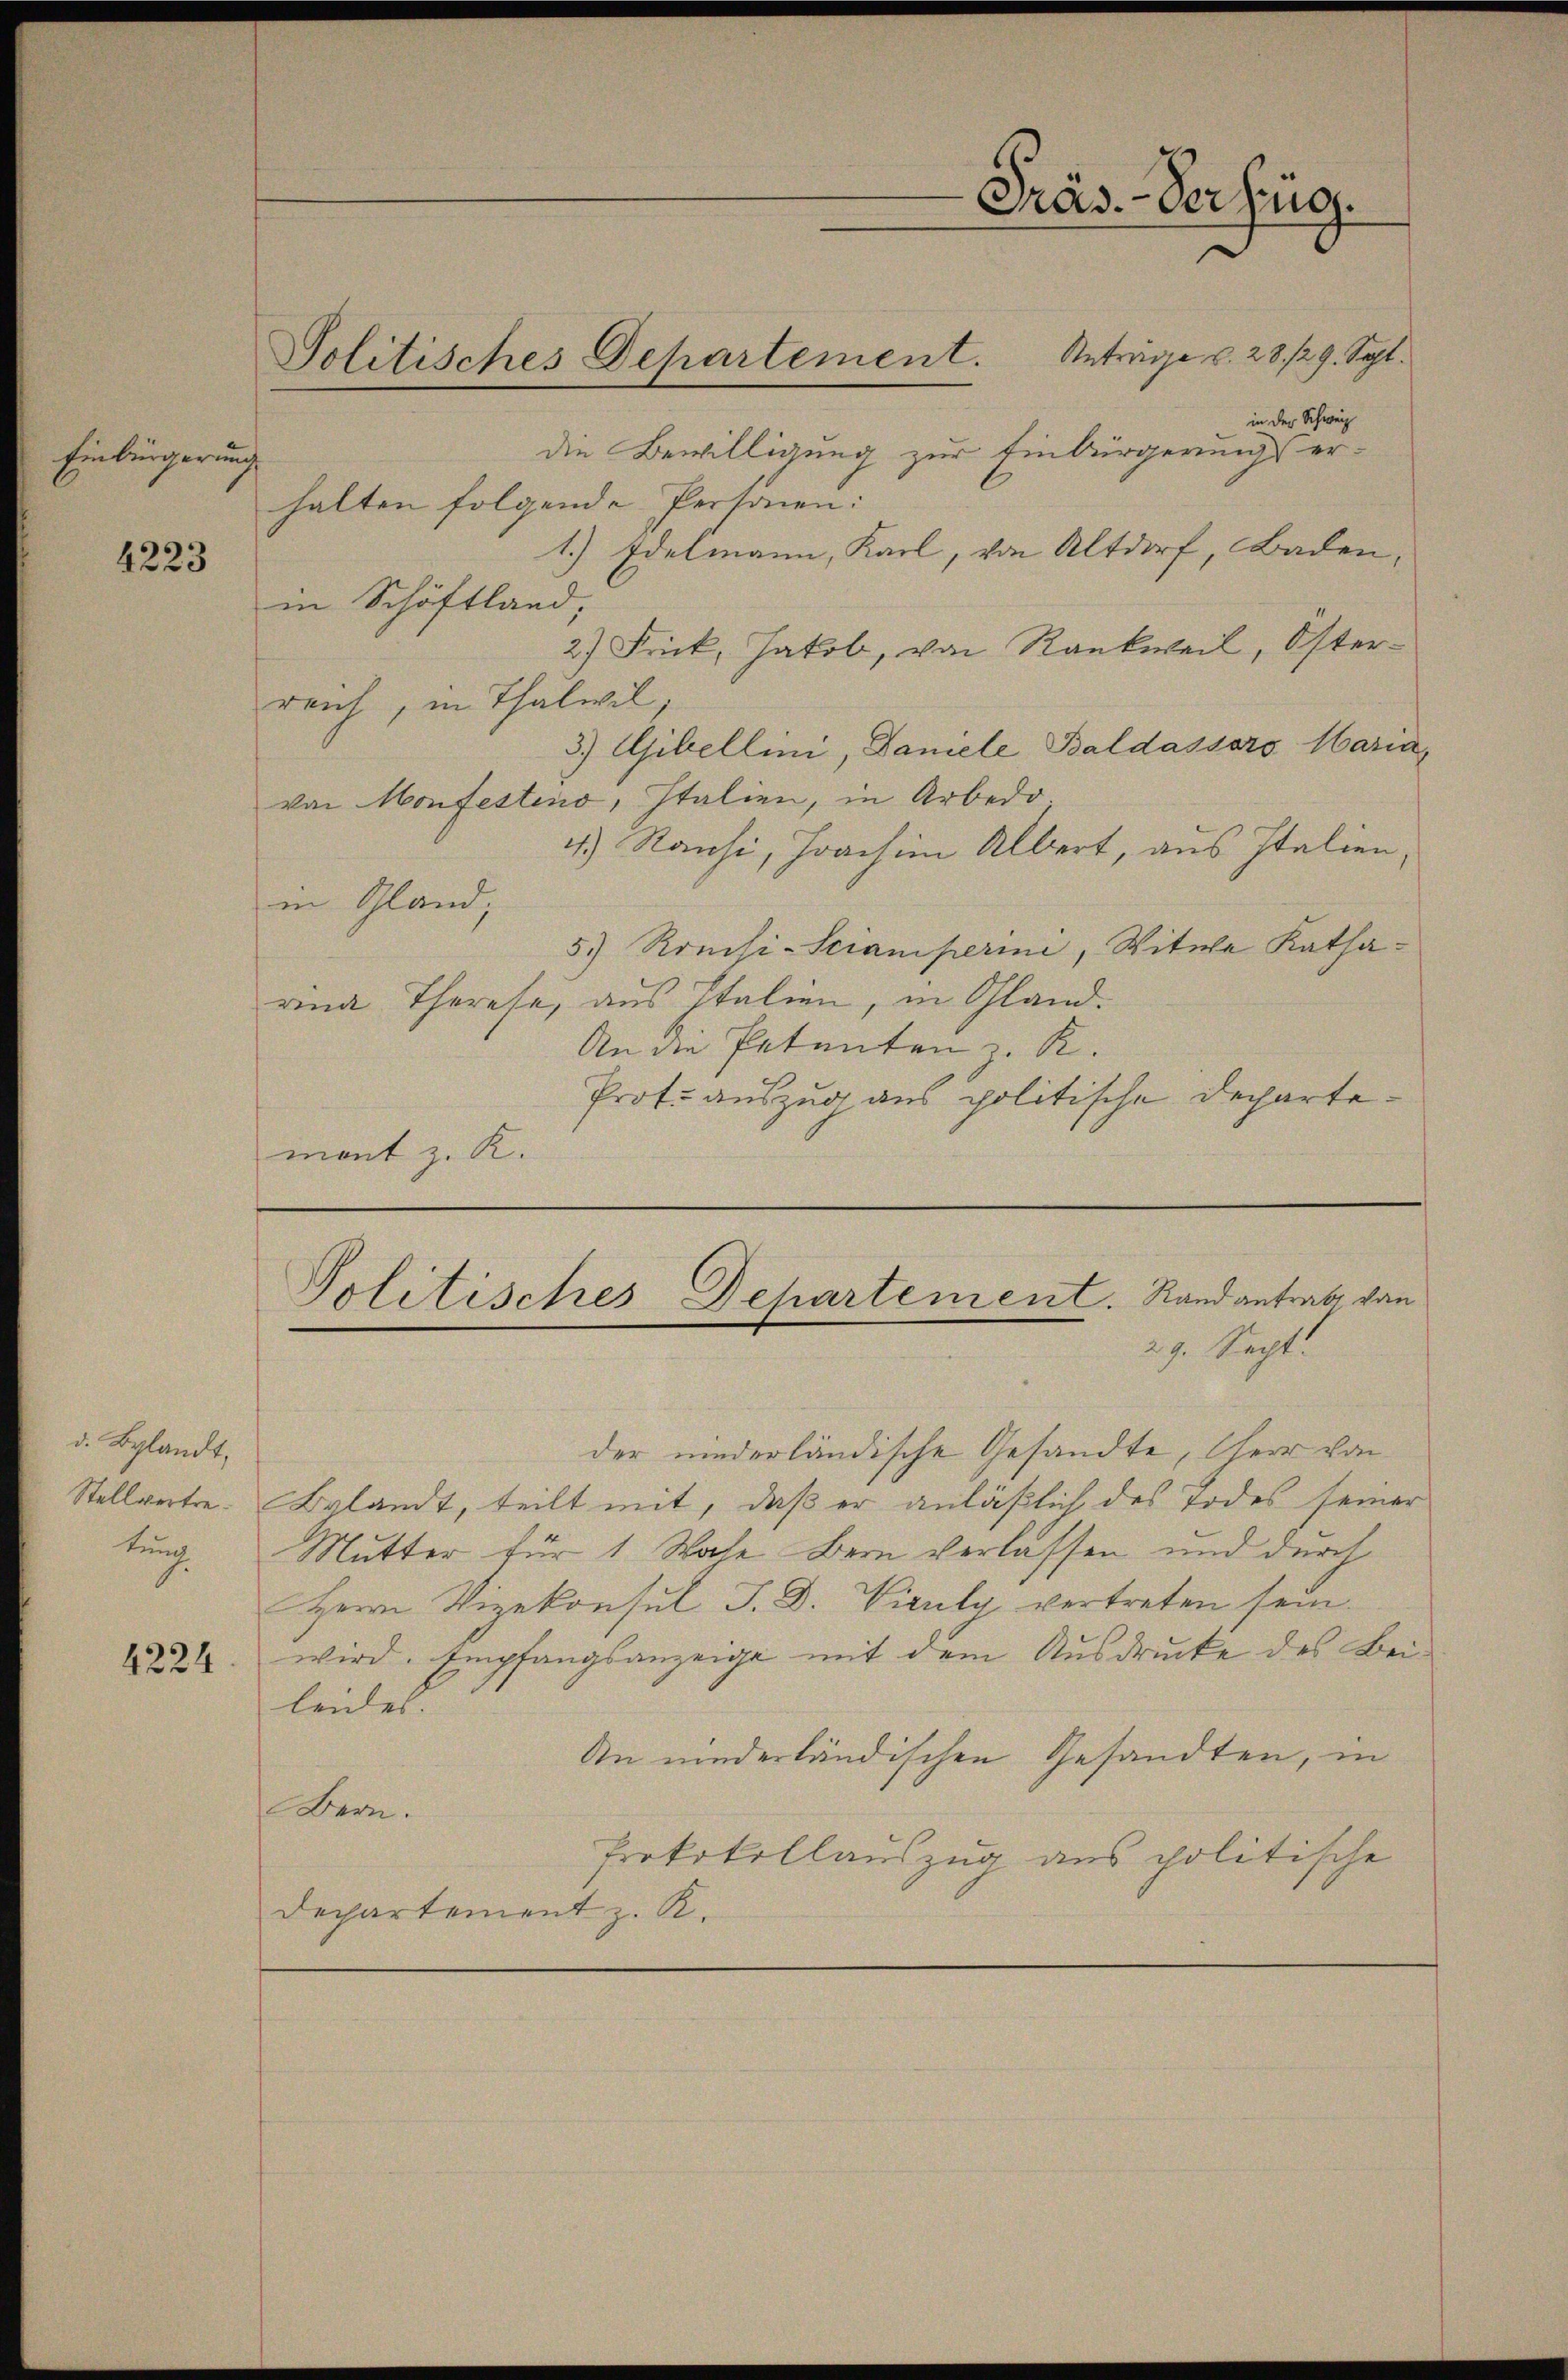
Einbürgerung

4223

d. Belandt,

4224

die Bewilligung zur Einbürgerungs erhalten folgende Personen:
1.) Edelmann, Karl, von Altdorf, Baden,
in Schäftland,
2) Frick, Jakob, von Rankweil, Österreich, in Thalwil
3.) Abellini, Daniele Baldassero Maria,
von Monfesteno, Italien, in Arbedo.
4.) Rauhi, Joachim Albert, aus Italien,
in Gland,
5.) Kreisi-Sciamperini, Witwe Katharina Therese, aus Italien, in Gland.
An die Petenten z. R. |
Prot. auszug aus politische Departemont z. K.

Präs. - Verzig.
Politisches Departement. Anträge v. 28./29. Sept.
in der Schweiz

Politisches Departement. Randantrag von
29. Sept.

der niederländische Gesandte, herr von
Stellvertre. Bylandt, teilt mit, daß er anläßlich des Todes seiner
tung. Mutter für 1 Woche Bern verlassen und durch
Herrn Vizekonsul J. D. Visuly vertreten sein.
wird. Empfangsanzeige mit dem Ausdrucke des Beileidet.
An niederländischen Gesandten, in
Bern.
Protokollauszug aus politische
Dechartement z. R.